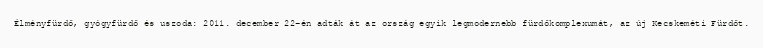
Élményfürdő, gyógyfürdő és uszoda: 2011. december 22-én adták át az ország egyik legmodernebb fürdőkomplexumát, az új Kecskeméti Fürdőt.